画像に写った文字を読んでください
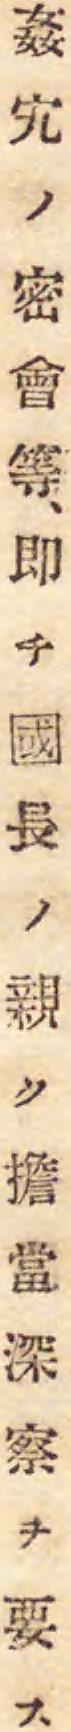
「姦宄ノ密會等、即チ國長ノ親ク擔當深察ヲ要ス」と書いてあります